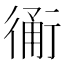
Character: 𧗴